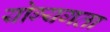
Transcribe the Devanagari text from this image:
योग्यगता